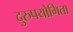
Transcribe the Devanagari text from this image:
दुरुपयोगिता